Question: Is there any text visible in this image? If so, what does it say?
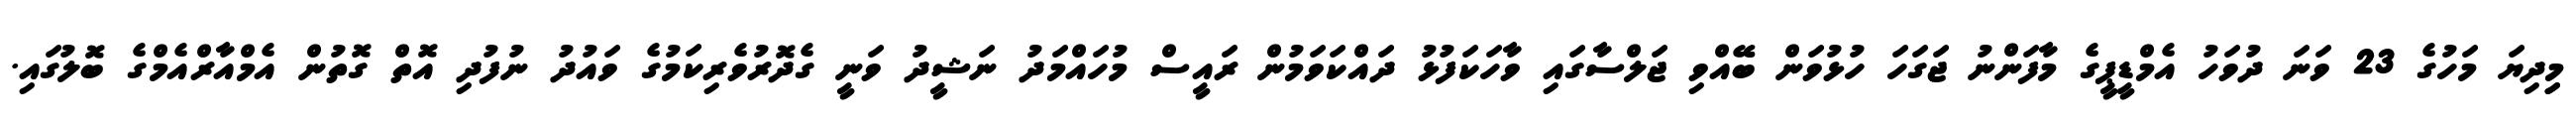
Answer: މިިދިޔަ މަހުގެ 23 ވަނަ ދުވަހު އެމްޑީޕީގެ މާފަންނު ޖަގަހަ ހުޅުވަން ބޭއްވި ޖަލްސާގައި ވާހަކަފުޅު ދައްކަވަމުން ރައީސް މުހައްމަދު ނަޝީދު ވަނީ ގެދޮރުވެރިކަމުގެ ވައުދު ނުފުދި އޮތް ގޮތުން އެމްއާރްއެމްގެ ބޮލުގައި.